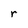
Character: r